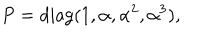
LaTeX: P = \mathrm { d i a g } ( 1 , \alpha , \alpha ^ { 2 } , \alpha ^ { 3 } ) ,